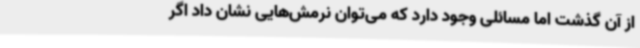
از آن گذشت اما مسائلی وجود دارد که می‌توان نرمش‌هایی نشان داد اگر